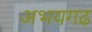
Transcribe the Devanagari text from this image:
अभयगढ